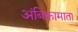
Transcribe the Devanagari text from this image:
अंबिकामाता